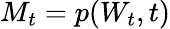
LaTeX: M_{t}=p(W_{t},t)